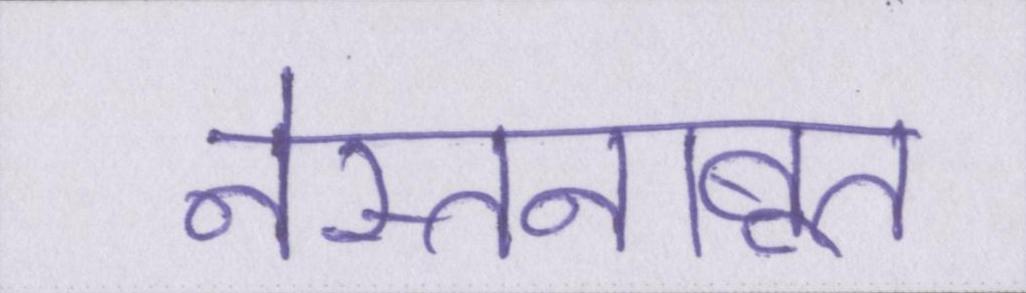
नेस्तनाबूत